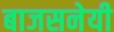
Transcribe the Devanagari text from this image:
बाजसनेयी